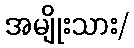
အမျိုးသား/